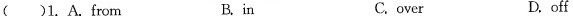
( )1. A. From B. in C. over D.off